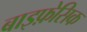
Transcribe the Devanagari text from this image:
बाइफ़ेसिक